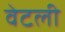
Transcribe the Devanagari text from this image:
वेटली